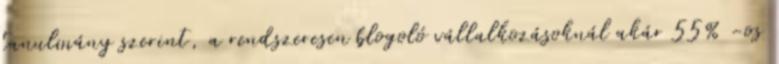
tanulmány szerint, a rendszeresen blogoló vállalkozásoknál akár 55% -os